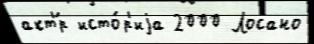
акт'́р исто́р'иjа 2000 Лосано